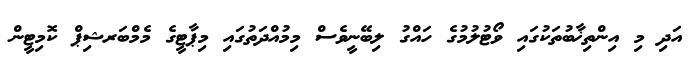
އަދި މި އިންތިޚާބުތަކުގައި ވޯޓުލުމުގެ ހައްގު ލިބޭނީވެސް މިމުއްދަތުގައި މިޕާޓީގެ މެމްބަރޝިޕް ކޮމިޓީން